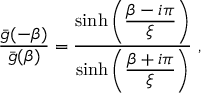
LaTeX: { \frac { { \bar { g } } ( - \beta ) } { { \bar { g } } ( \beta ) } } = { \frac { \sinh \left( { \frac { \displaystyle \beta - i \pi } { \displaystyle \xi } } \right) } { \sinh \left( { \frac { \displaystyle \beta + i \pi } { \displaystyle \xi } } \right) } } \ ,